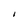
Character: l